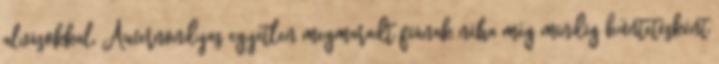
alvásokkal, Awernondyas egyetlen megmaradt fiának néha még mindig büntetésként